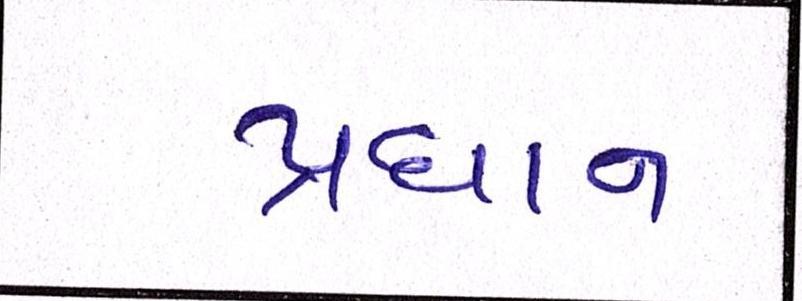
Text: પ્રધાન